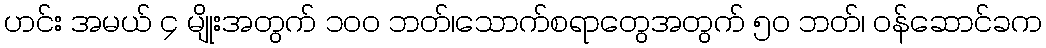
ဟင်း အမယ် ၄ မျိုးအတွက် ၁၀၀ ဘတ်၊သောက်စရာတွေအတွက် ၅၀ ဘတ်၊ ဝန်ဆောင်ခက